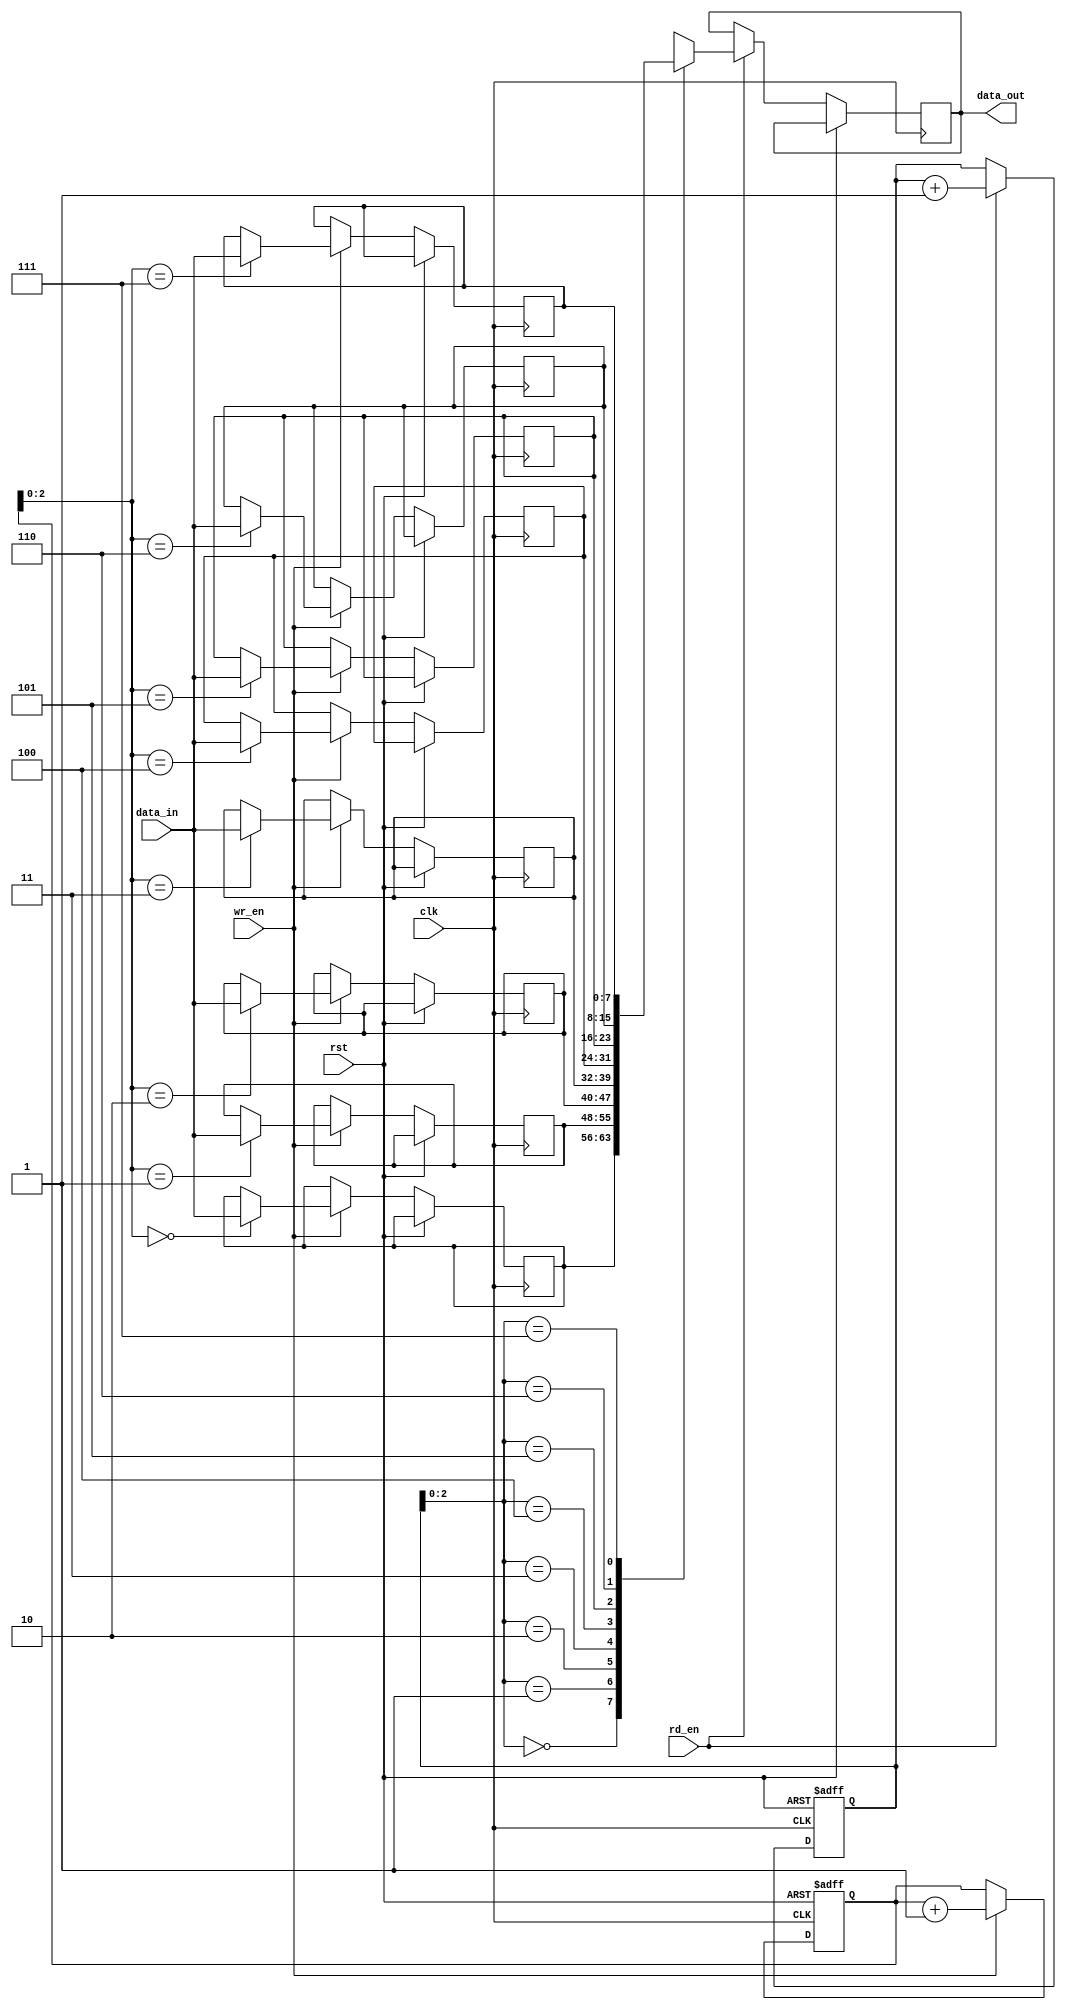
module async_fifo(
    input wire clk,
    input wire rst,
    input wire wr_en,
    input wire rd_en,
    input wire [7:0] data_in,
    output wire [7:0] data_out
);

parameter DEPTH = 8;

reg [7:0] buffer [0:DEPTH-1];
reg [3:0] read_ptr, write_ptr;

always @ (posedge clk or posedge rst) begin
    if (rst) begin
        read_ptr <= 0;
        write_ptr <= 0;
    end else begin
        if (wr_en) begin
            buffer[write_ptr] <= data_in;
            write_ptr <= write_ptr + 1;
        end
        if (rd_en) begin
            data_out <= buffer[read_ptr];
            read_ptr <= read_ptr + 1;
        end
    end
end

endmodule